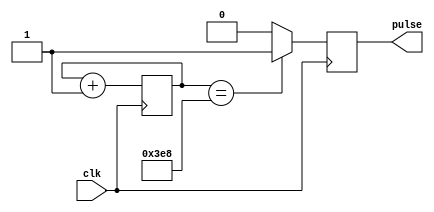
module Async_Pulse_Generator(
    input wire clk,
    output reg pulse
);

reg [15:0] counter;

always @(posedge clk) begin
    counter <= counter + 1;
    
    if(counter == 16'd1000) begin // Change 1000 to the desired pulse generation interval
        pulse <= 1;
    end else begin
        pulse <= 0;
    end
end

endmodule